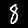
Label: 8